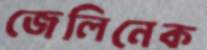
জেলিনেক